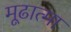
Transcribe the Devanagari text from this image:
मूढात्मा